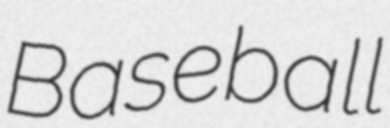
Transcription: Baseball